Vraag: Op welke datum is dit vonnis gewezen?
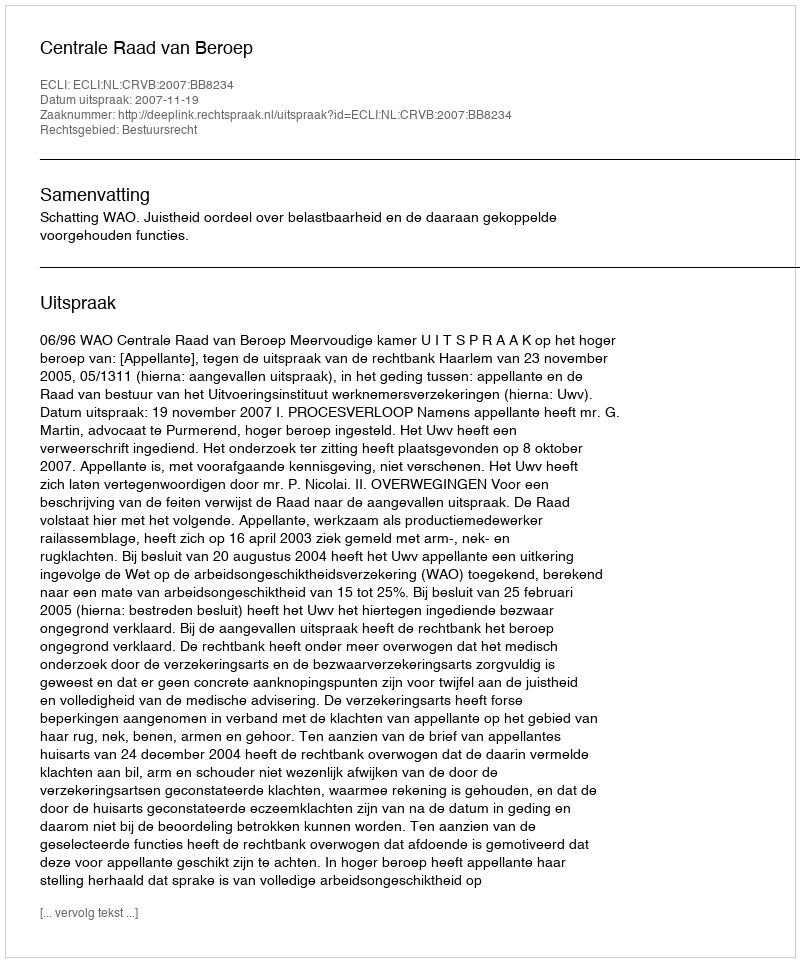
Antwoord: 2007-11-19